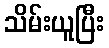
သိမ်းယူပြီး